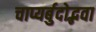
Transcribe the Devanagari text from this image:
चाप्यर्बुदोद्भवा